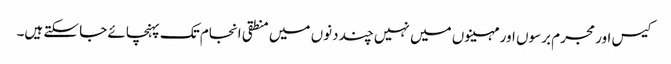
کیس اور مجرم برسوں اور مہینوں میں نہیں چند دنوں میں منطقی انجام تک پہنچائے جا سکتے ہیں۔